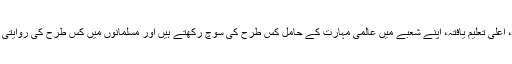
اس سفر نامے کے تعارف پر مبنی کالم سے اس حقیقت کا اعادہ ہوا ہے کہ ہمارے ، اعلی تعلیم یافتہ، اپنے شعبے میں عالمی مہارت کے حامل کس طرح کی سوچ رکھتے ہیں اور مسلمانوں میں کس طرح کی روایتی باتوں کو فروغ دے رہے ہیں، مسلمانوں کی پسماندہ ذہنیت کی تسکین کر رہے ہیں۔